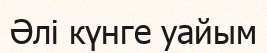
Әлі күнге уайым